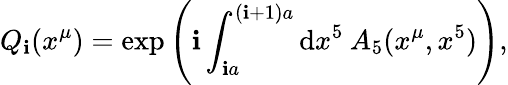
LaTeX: Q_{\mathbf{i}}(x^{\mu})=\mathrm{{exp}}\left(\mathrm{{\mathbf{i}}}\int_{\mathbf{i}a}^{(\mathbf{i}+1)a}{\mathrm{{d}}x^{5}\: A_{5}(x^{\mu},x^{5})}\right),